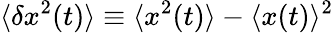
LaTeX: \langle\delta x^{2}(t)\rangle\equiv\langle x^{2}(t)\rangle-\langle x(t)\rangle^{2}